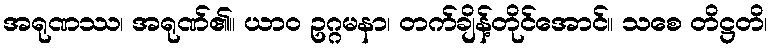
အရုဏဿ၊ အရုဏ်၏။ ယာဝ ဥဂ္ဂမနာ၊ တက်ချိန့်တိုင်အောင်။ သစေ တိဋ္ဌတိ၊